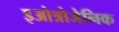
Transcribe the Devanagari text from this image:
इओत्रोजेनिक